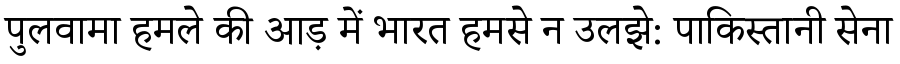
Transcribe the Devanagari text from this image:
पुलवामा हमले की आड़ में भारत हमसे न उलझे: पाकिस्तानी सेना